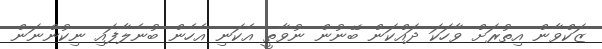
ޒަކްވާން އިތުރަށް ވާހަކަ ދައްކަން ބޭނުން ނުވާތީ އެކަނި އެހެން ބުނެލާފައި ނިކުންނަން